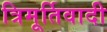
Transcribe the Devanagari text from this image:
त्रिमूर्तिवादी